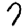
Digit: 7